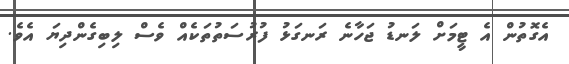
އެގޮތުން އެ ޓީމަށް ލަނޑު ޖަހާނެ ރަނގަޅު ފުރުސަތުތަކެއް ވެސް ލިބިގެންދިޔަ އެވެ.